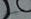
سيدي